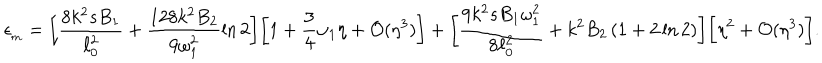
LaTeX: \epsilon _ { _ \mathrm { m } } = \biggl [ \frac { 8 k ^ { 2 } s B _ { 1 } } { \ell _ { 0 } ^ { 2 } } + \frac { 1 2 8 k ^ { 2 } B _ { 2 } } { 9 \omega _ { 1 } ^ { 2 } } \ln 2 \biggr ] \biggl [ 1 + \frac { 3 } { 4 } \omega _ { 1 } \eta + { \cal O } ( \eta ^ { 3 } ) \biggr ] + \biggl [ \frac { 9 k ^ { 2 } s B _ { 1 } \omega _ { 1 } ^ { 2 } } { 8 \ell _ { 0 } ^ { 2 } } + k ^ { 2 } B _ { 2 } \left( 1 + 2 \ln 2 \right) \biggr ] \biggr [ \eta ^ { 2 } + { \cal O } ( \eta ^ { 3 } ) \biggr ] .